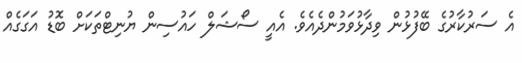
އެ ސަރުކާރުގެ ބޭފުޅުން ވިދާޅުވަމުންދެއެވެ. އެއީ ސޯޝަލް ހައުސިން ޔުނިޓްތަކަށް ބޮޑު އަގަގެއް